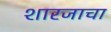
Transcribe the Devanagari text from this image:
शारजाचा